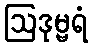
ဩဒုမ္ဗရံ